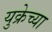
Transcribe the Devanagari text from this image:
युक्रेच्या